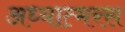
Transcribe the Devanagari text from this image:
अध्यात्मरस